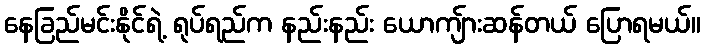
နေခြည်မင်းနိုင်ရဲ့ ရုပ်ရည်က နည်းနည်း ယောကျ်ားဆန်တယ် ပြောရမယ်။